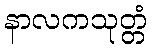
နာလကသုတ္တံ